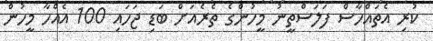
ކުރި އެތައްހާސް ފަލަސްތީނު މީހުންގެ ތެރެއަށް ބަޑި ޖަހައި 100 އެއްހާ މީހުން